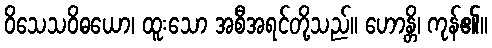
ဝိသေသဝိဓယော၊ ထူးသော အစီအရင်တို့သည်။ ဟောန္တိ၊ ကုန်၏။